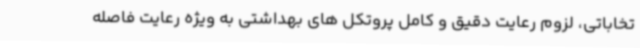
تخاباتی، لزوم رعایت دقیق و کامل پروتکل های بهداشتی به ویژه رعایت فاصله